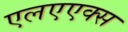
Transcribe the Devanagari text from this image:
एलएएक्स